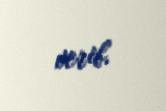
verib.